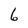
Character: 6